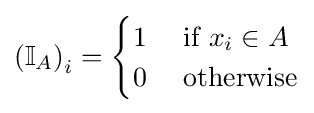
\left(\mathbb {I} _{A}\right)_{i}={\begin{cases}1&{\mbox{ if }}x_{i}\in A\\0&{\mbox{ otherwise}}\\\end{cases}}